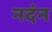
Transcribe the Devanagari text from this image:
नदंन